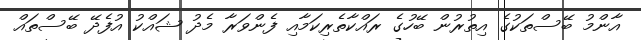
އާންމު ބޭސްތަކުގެ އިތުރުން ބޭހުގެ ރައްކާތެރިކަމާއި ފެންވަރާ މެދު ޝައްކު އުފެދޭ ބޭސްތައް